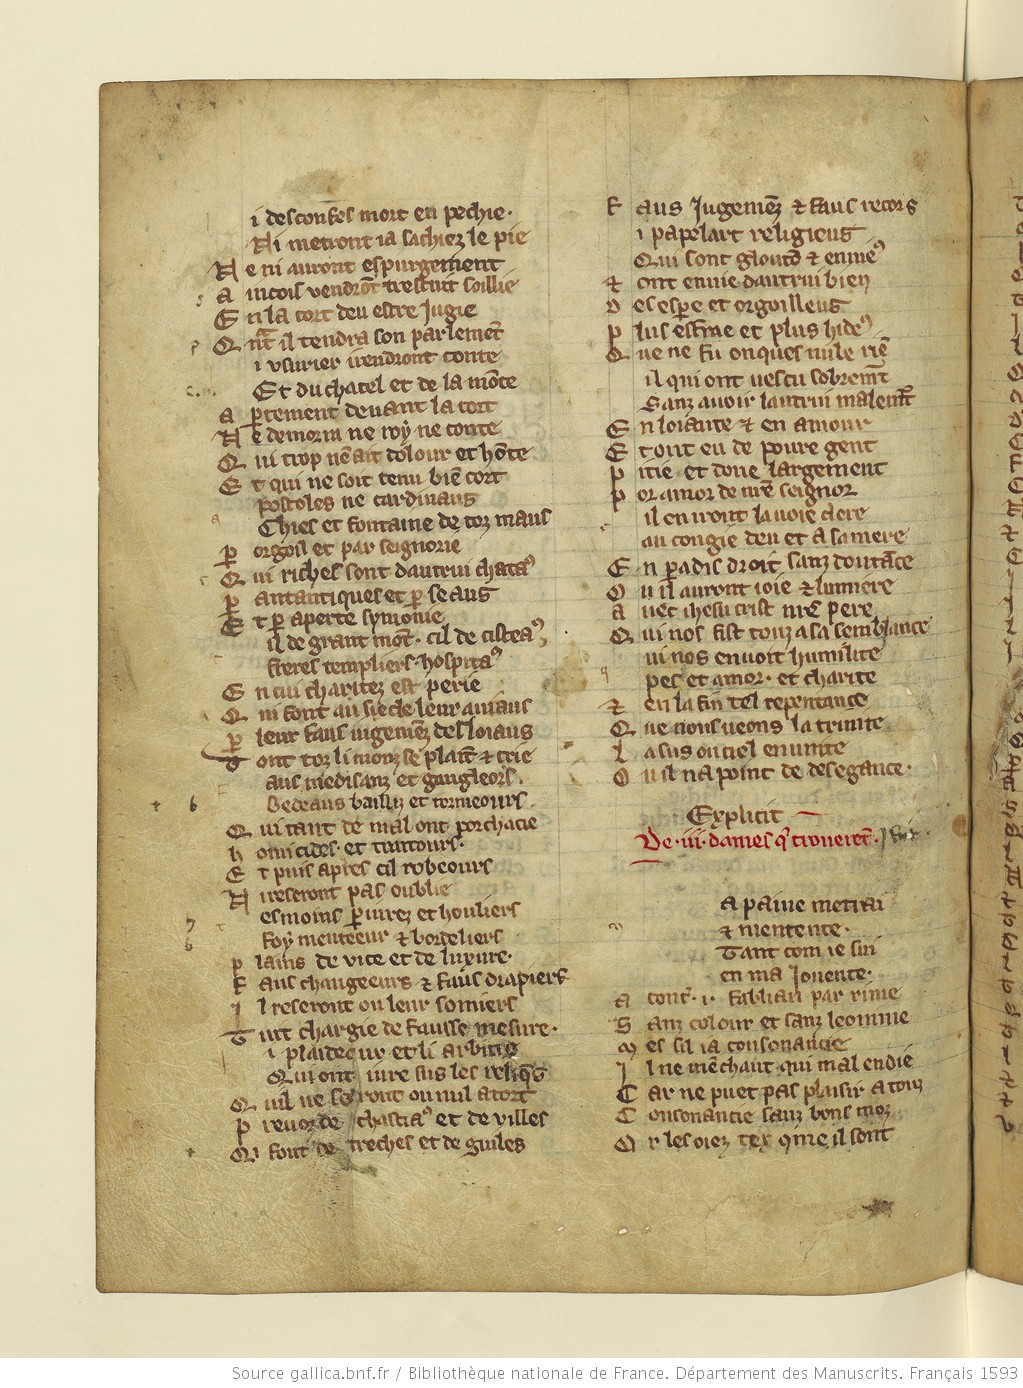
Shelfmark: Paris, BnF, fr. 1593
Century: 13